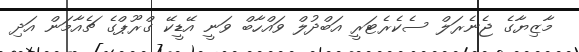
މާޒިޔާގެ ޖެނެރަލް ސެކެރެޓަރީ އަބްދުލް ވައްހާބް ވަނީ އޭޑީކޭ ގްރޫޕްގެ ޗެއާމަން އަދި